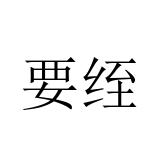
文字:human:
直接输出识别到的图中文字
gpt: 要绖